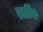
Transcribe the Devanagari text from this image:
एर्टीग